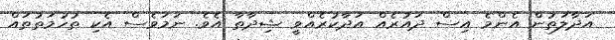
އަދާލަތުން އެންމެ އިސް ދައުރެއް އަދާކުރެއްވީ ޝިދާތާ އެވެ. ނަމަވެސް އެކި ތުހުމަތުތައް